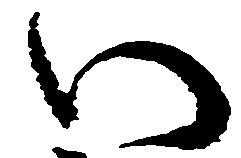
い